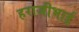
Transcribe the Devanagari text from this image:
हराजीभाई